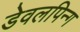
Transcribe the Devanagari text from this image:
डेवलपिन्ग